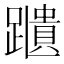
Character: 𨆨